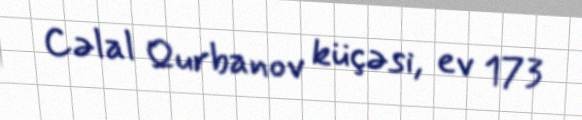
Cəlal Qurbanov küçəsi, ev 173